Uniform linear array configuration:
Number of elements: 16
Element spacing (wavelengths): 0.25
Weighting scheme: cosine
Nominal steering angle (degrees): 15
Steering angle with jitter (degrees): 13.027
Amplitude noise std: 0.05
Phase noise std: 0.05

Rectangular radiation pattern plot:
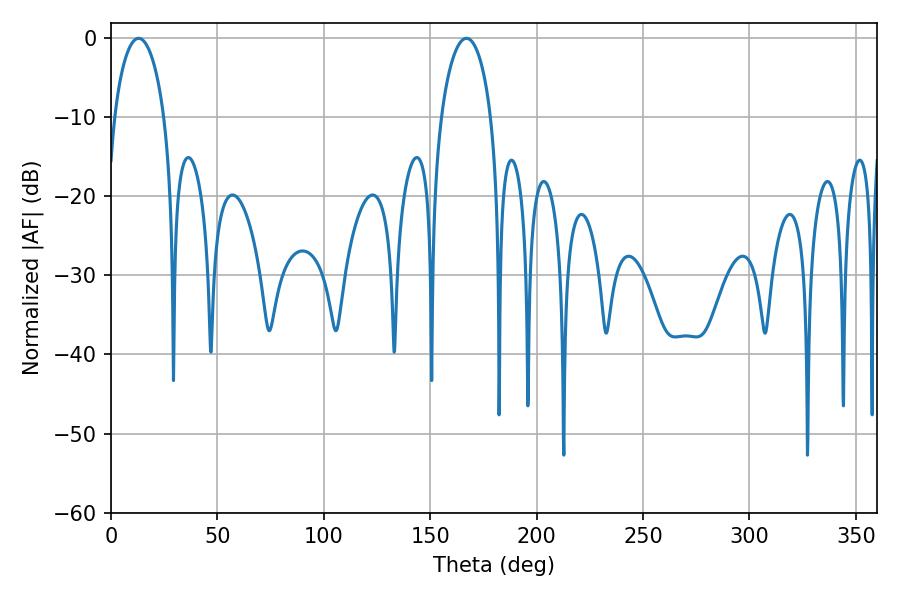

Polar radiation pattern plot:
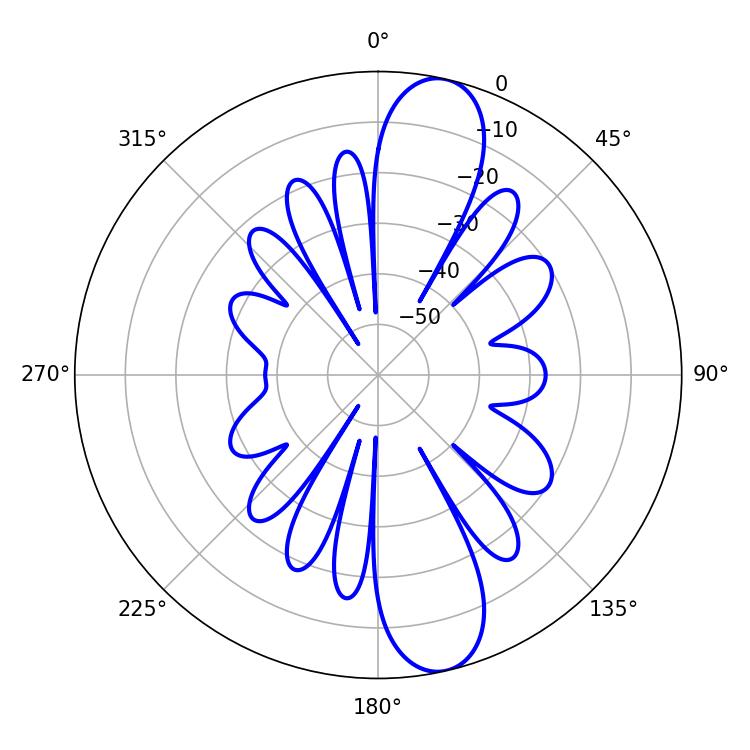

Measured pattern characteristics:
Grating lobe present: FALSE
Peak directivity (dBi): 12.386
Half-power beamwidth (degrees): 13.5
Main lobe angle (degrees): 12.96